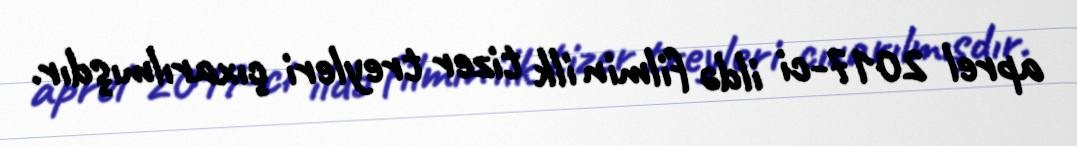
aprel 2017-ci ildə filmin ilk tizer treyleri çıxarılmışdır.